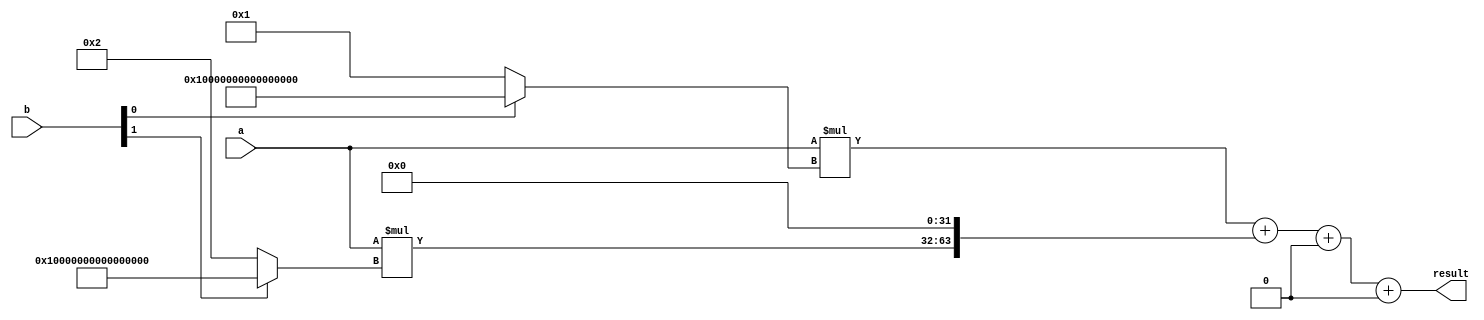
module booth_multiplier (
    input wire [31:0] a,
    input wire [31:0] b,
    output reg [63:0] result
);

reg [63:0] partial_products [3:0];
reg [5:0] encoding_a, encoding_b;

always @* begin
    encoding_a = a[31:29];
    encoding_b = b[31:29];
end

always @* begin
    partial_products[0] = a * (b[0] ? -1 : 1);
    partial_products[1] = a * (b[1] ? -2 : 2);
    partial_products[2] = a * (b[2] ? -4 : 4);
    partial_products[3] = a * (b[3] ? -8 : 8);
end

always @* begin
    result = partial_products[0] + (partial_products[1] << 32) + (partial_products[2] << 64) + (partial_products[3] << 96);
end

endmodule